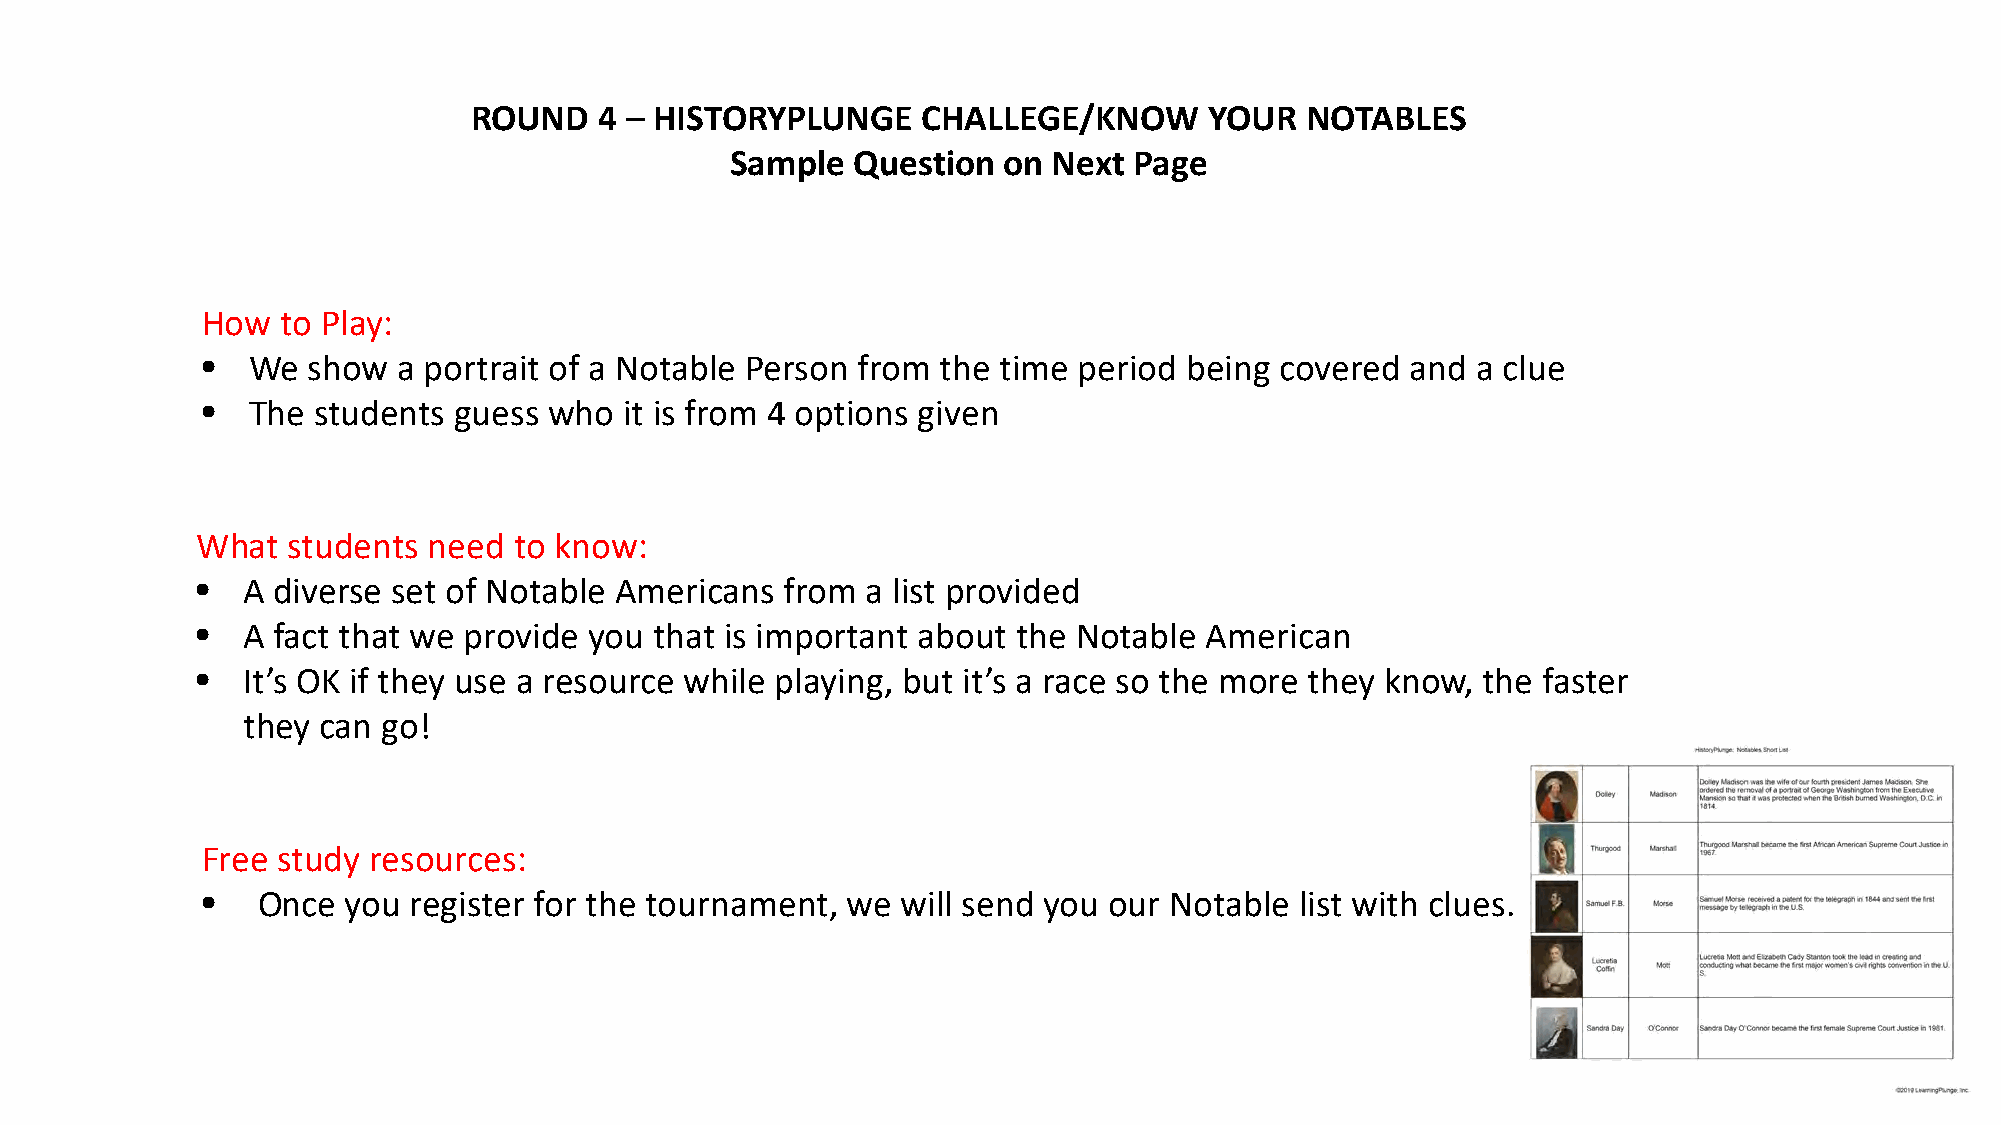
ROUND    4 – HISTORYPLUNGE    CHALLEGE/KNOW      YOUR  NOTABLES
 Sample  Question  on  Next Page
 How   to Play:
 •  We  show  a portrait of a Notable Person from the time period  being covered and  a clue
 •  The  students guess who  it is from 4 options given
 What  students need  to know:
 •  A diverse set of Notable Americans  from a list provided
 •  A fact that we provide you that is important about the Notable  American
 •  It’s OK if they use a resource while playing, but it’s a race so the more they know, the faster
 they can go!
 Free study resources:
 •   Once  you register for the tournament, we  will send you our Notable list with clues.